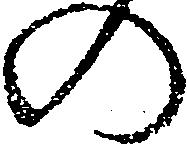
の